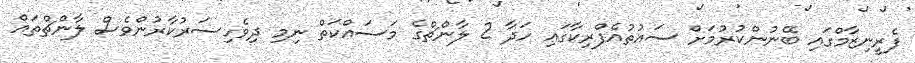
ފެރީނިޒާމްގައި ބޭނުންކުރުމަށް ސައުތުއެފްރިކާގައި ހަދާ 2 ލާންޗްގެ މަސައްކަތް ނިމި ދިވެހިސަރުކާރުންވެސް ލާންޗްތައް